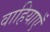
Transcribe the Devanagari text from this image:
वाहियाएँ